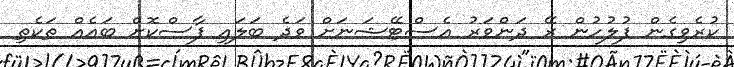
ކުރެވިގެން ފުލުހުން ރޭ ދަންވަރު އެސްޓޭޝަނަށް ވަދެ ބަލައި ފާސްކޮށް ބައެއް ތަކެތި